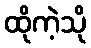
ထိုကဲ့သို